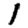
Digit: 1